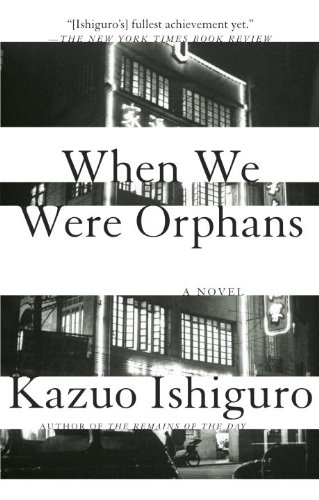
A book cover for When We Were Orphans: A Novel; Kazuo Ishiguro; Literature & Fiction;